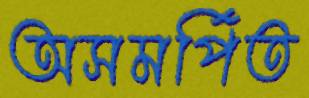
অসমর্পিত